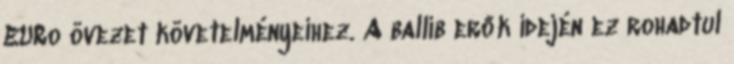
EURo övezet követelményeihez. A ballib erők idején ez rohadtul